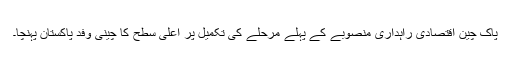
پاک چین اقتصادی راہداری منصوبے کے پہلے مرحلے کی تکمیل پر اعلیٰ سطح کا چینی وفد پاکستان پہنچا۔